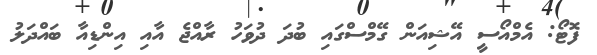
ފޮޓޯ: އެމްއޯސީ އޭޝިއަން ގޭމްސްގައި ބުދަ ދުވަހު ރާއްޖެ އާއި އިންޑިއާ ބައްދަލު